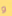
و